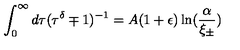
\int _ { 0 } ^ { \infty } d \tau ( \tau ^ { \delta } \mp 1 ) ^ { - 1 } = A ( 1 + \epsilon ) \ln ( \frac { \alpha } { \xi _ { \pm } } )